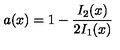
a ( x ) = 1 - \frac { I _ { 2 } ( x ) } { 2 I _ { 1 } ( x ) }